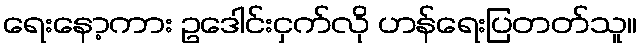
ရေးနော့ကား ဥဒေါင်းငှက်လို ဟန်ရေးပြတတ်သူ။